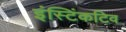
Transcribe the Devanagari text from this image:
इंस्टिंकटिव